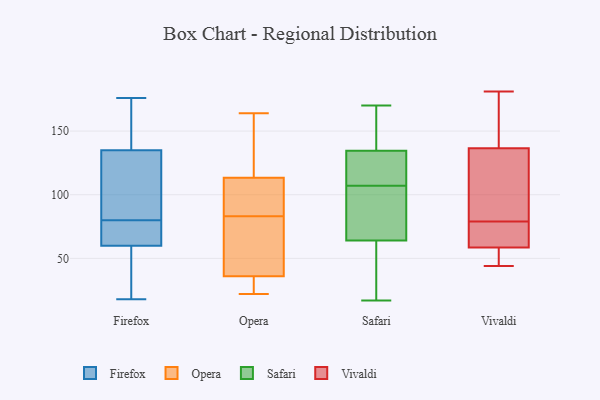
{"axis": {"x": "Population (Million)", "y": "Value"}, "legend": ["Firefox", "Opera", "Safari", "Vivaldi"], "data": [{"x": "", "y": 92, "type": "Firefox"}, {"x": "", "y": 176, "type": "Firefox"}, {"x": "", "y": 60, "type": "Firefox"}, {"x": "", "y": 68, "type": "Firefox"}, {"x": "", "y": 135, "type": "Firefox"}, {"x": "", "y": 135, "type": "Firefox"}, {"x": "", "y": 64, "type": "Firefox"}, {"x": "", "y": 18, "type": "Firefox"}, {"x": "", "y": 121, "type": "Firefox"}, {"x": "", "y": 43, "type": "Firefox"}, {"x": "", "y": 50, "type": "Opera"}, {"x": "", "y": 84, "type": "Opera"}, {"x": "", "y": 127, "type": "Opera"}, {"x": "", "y": 164, "type": "Opera"}, {"x": "", "y": 83, "type": "Opera"}, {"x": "", "y": 39, "type": "Opera"}, {"x": "", "y": 86, "type": "Opera"}, {"x": "", "y": 118, "type": "Opera"}, {"x": "", "y": 73, "type": "Opera"}, {"x": "", "y": 27, "type": "Opera"}, {"x": "", "y": 99, "type": "Opera"}, {"x": "", "y": 35, "type": "Opera"}, {"x": "", "y": 22, "type": "Opera"}, {"x": "", "y": 159, "type": "Opera"}, {"x": "", "y": 34, "type": "Opera"}, {"x": "", "y": 138, "type": "Safari"}, {"x": "", "y": 111, "type": "Safari"}, {"x": "", "y": 67, "type": "Safari"}, {"x": "", "y": 124, "type": "Safari"}, {"x": "", "y": 142, "type": "Safari"}, {"x": "", "y": 63, "type": "Safari"}, {"x": "", "y": 107, "type": "Safari"}, {"x": "", "y": 170, "type": "Safari"}, {"x": "", "y": 78, "type": "Safari"}, {"x": "", "y": 42, "type": "Safari"}, {"x": "", "y": 17, "type": "Safari"}, {"x": "", "y": 70, "type": "Vivaldi"}, {"x": "", "y": 139, "type": "Vivaldi"}, {"x": "", "y": 65, "type": "Vivaldi"}, {"x": "", "y": 44, "type": "Vivaldi"}, {"x": "", "y": 134, "type": "Vivaldi"}, {"x": "", "y": 181, "type": "Vivaldi"}, {"x": "", "y": 81, "type": "Vivaldi"}, {"x": "", "y": 52, "type": "Vivaldi"}, {"x": "", "y": 175, "type": "Vivaldi"}, {"x": "", "y": 78, "type": "Vivaldi"}, {"x": "", "y": 80, "type": "Vivaldi"}, {"x": "", "y": 52, "type": "Vivaldi"}]}